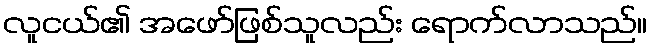
လူငယ်၏ အဖော်ဖြစ်သူလည်း ရောက်လာသည်။